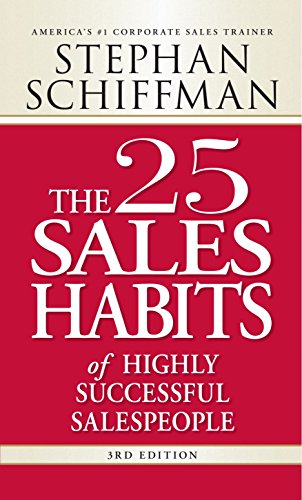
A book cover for The 25 Sales Habits of Highly Successful Salespeople; Stephan Schiffman; Business & Money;